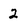
Character: 2